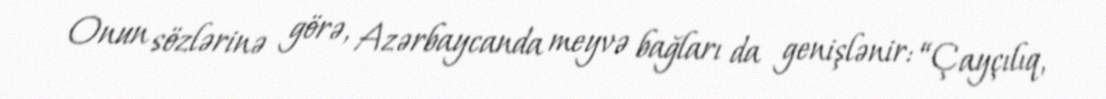
Onun sözlərinə görə, Azərbaycanda meyvə bağları da genişlənir: “Çayçılıq,